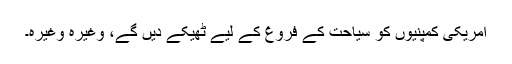
امریکی کمپنیوں کو سیاحت کے فروغ کے لیے ٹھیکے دیں گے، وغیرہ وغیرہ۔